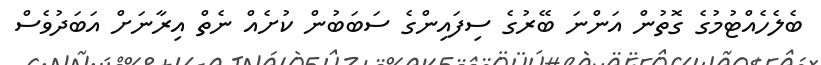
ބެލެހެއްޓުމުގެ ގޮތުން އަންނަ ބޭރުގެ ސިފައިންގެ ސަބަބުން ކުށެއް ނެތް އިރާނަށް އަބަދުވެސް